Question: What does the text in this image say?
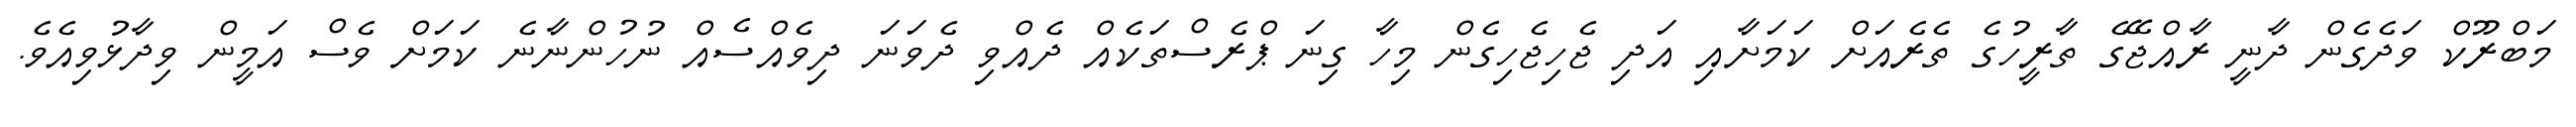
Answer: މަބްރޫކް ވަދެގެން ދާނީ ރާއްޖޭގެ ތާރީހުގެ ތެރެއަށް ކަމަށާއި އަދި ޖެހިޖެހިގެން މިހާ ގިނަ ޕްރެސްތަކެއް ދެއްވި ދެވަނަ ދިވެއްސެއް ނުހުންނާނެ ކަމަށް ވެސް އަމީން ވިދާޅުވިއެވެ.